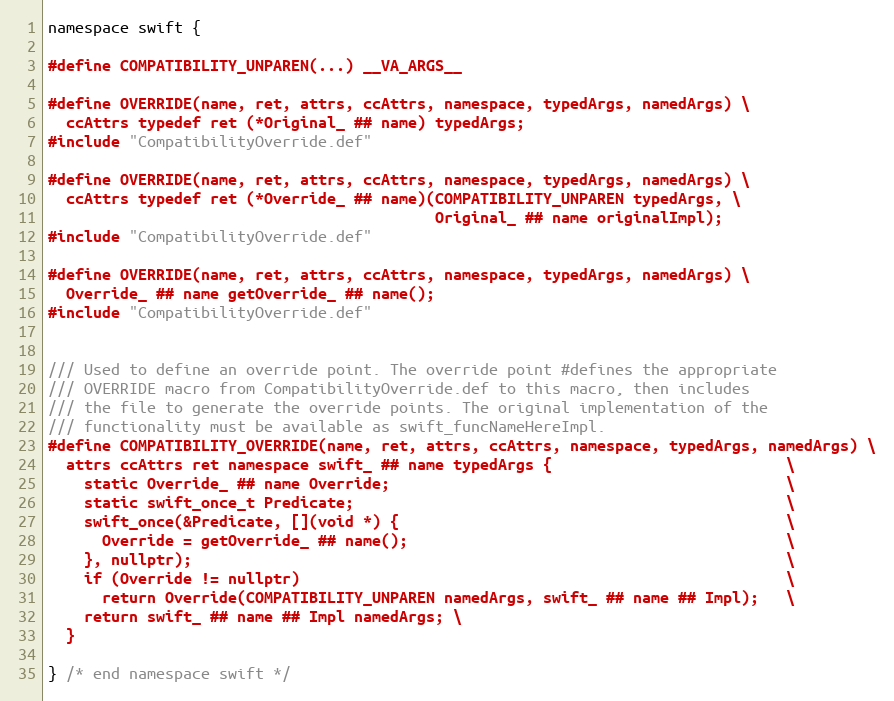
Language: C
namespace swift {

#define COMPATIBILITY_UNPAREN(...) __VA_ARGS__

#define OVERRIDE(name, ret, attrs, ccAttrs, namespace, typedArgs, namedArgs) \
  ccAttrs typedef ret (*Original_ ## name) typedArgs;
#include "CompatibilityOverride.def"

#define OVERRIDE(name, ret, attrs, ccAttrs, namespace, typedArgs, namedArgs) \
  ccAttrs typedef ret (*Override_ ## name)(COMPATIBILITY_UNPAREN typedArgs, \
                                           Original_ ## name originalImpl);
#include "CompatibilityOverride.def"

#define OVERRIDE(name, ret, attrs, ccAttrs, namespace, typedArgs, namedArgs) \
  Override_ ## name getOverride_ ## name();
#include "CompatibilityOverride.def"

/// Used to define an override point. The override point #defines the appropriate
/// OVERRIDE macro from CompatibilityOverride.def to this macro, then includes
/// the file to generate the override points. The original implementation of the
/// functionality must be available as swift_funcNameHereImpl.
#define COMPATIBILITY_OVERRIDE(name, ret, attrs, ccAttrs, namespace, typedArgs, namedArgs) \
  attrs ccAttrs ret namespace swift_ ## name typedArgs {                          \
    static Override_ ## name Override;                                            \
    static swift_once_t Predicate;                                                \
    swift_once(&Predicate, [](void *) {                                           \
      Override = getOverride_ ## name();                                          \
    }, nullptr);                                                                  \
    if (Override != nullptr)                                                      \
      return Override(COMPATIBILITY_UNPAREN namedArgs, swift_ ## name ## Impl);   \
    return swift_ ## name ## Impl namedArgs; \
  }

} /* end namespace swift */